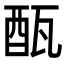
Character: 𨠛